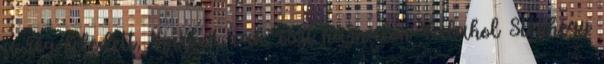
a rég feledett, Nyirkos, vak, őszi hajnalon Valahol Sionhegy